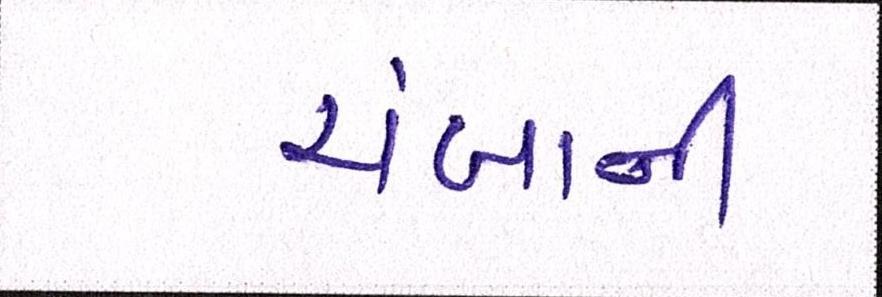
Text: ચંબાની